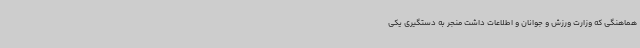
هماهنگی که وزارت ورزش و جوانان و اطلاعات داشت منجر به دستگیری یکی